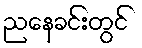
ညနေခင်းတွင်